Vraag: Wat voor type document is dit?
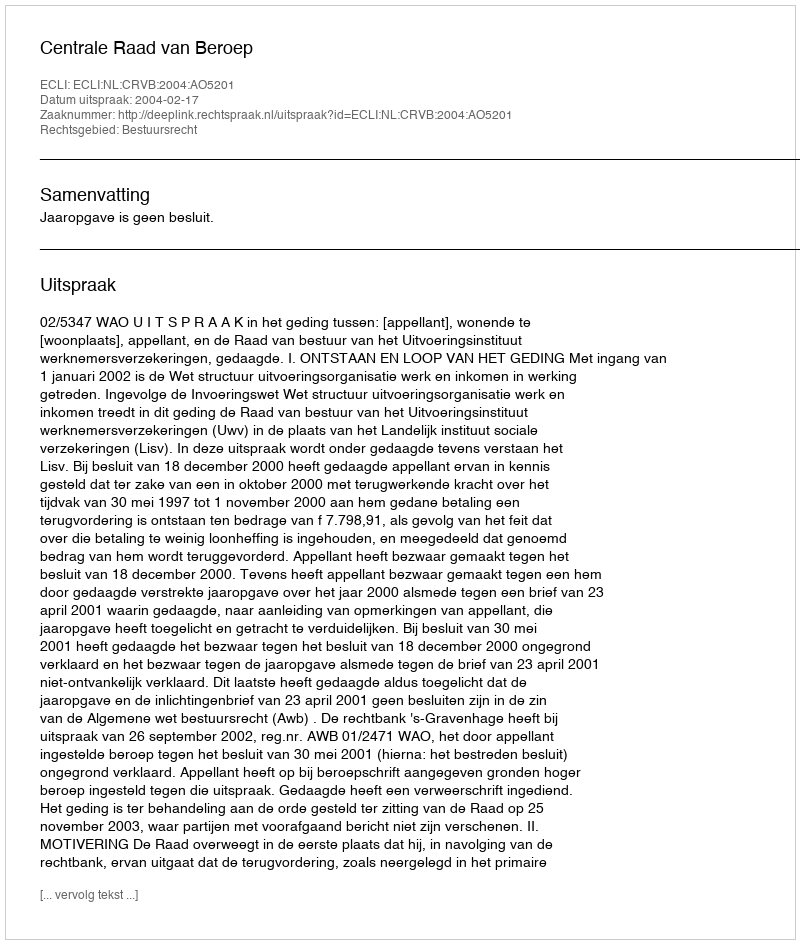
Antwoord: Uitspraak